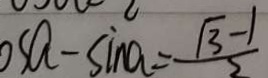
o s a - \sin a = \frac { \sqrt { 3 } - 1 } { 2 }